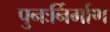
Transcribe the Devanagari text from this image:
पुनःर्निर्माण